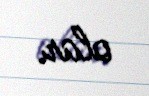
olar.